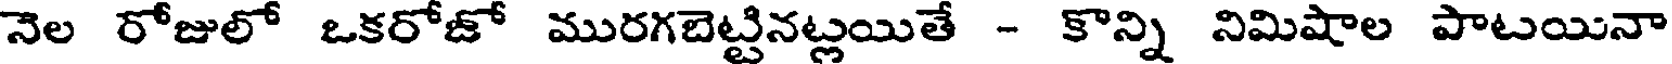
నెల రోజులో ఒకరోజో మురగబెట్టినట్లయితే - కొన్ని నిమిషాల పాటయినా